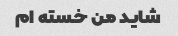
شاید من خسته ام